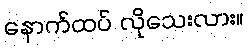
နောက်ထပ် လိုသေးလား။